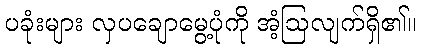
ပခုံးများ လှပချောမွေ့ပုံကို အံ့ဩလျက်ရှိ၏။